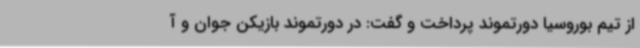
از تیم بوروسیا دورتموند پرداخت و گفت: در دورتموند بازیکن جوان و آ